Annual administration report of the Civil Veterinary Department of India - 1895-1896
Year: 1895
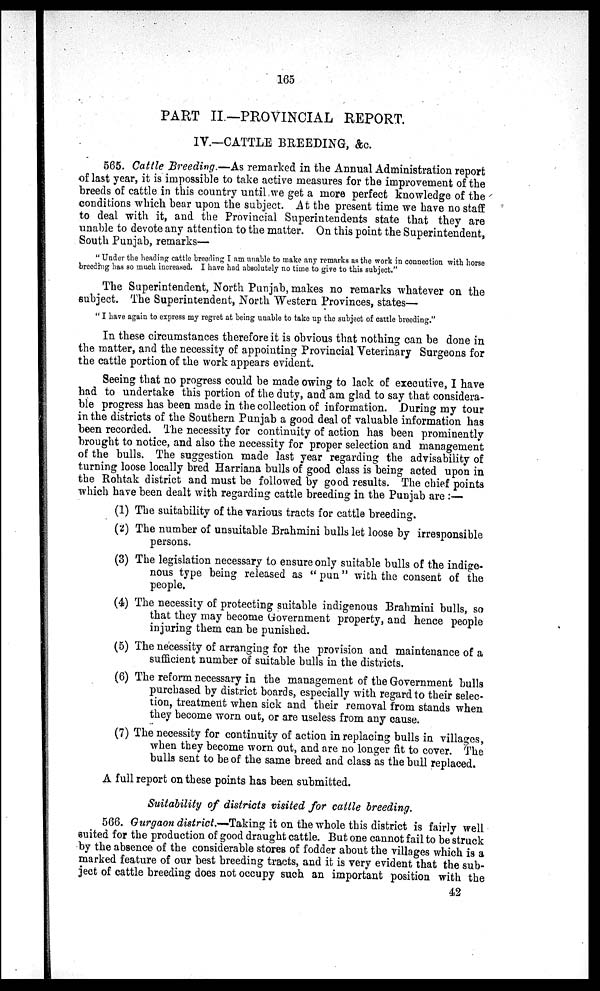
165
PART II.—PROVINCIAL REPORT.
IV—CATTLE BREEDING, &c.
565. Cattle Breeding.—As remarked in the Annual Administration report
of last year, it is impossible to take active measures for the improvement of the
breeds of cattle in this country until we get a more perfect knowledge of the
conditions which bear upon the subject. At the present time we have no staff
to deal with it, and the Provincial Superintendents state that they are
unable to devote any attention to the matter. On this point the Superintendent,
South Punjab, remarks—
"Under the heading cattle breeding I am unable to make any remarks as the work in connection with horse
breeding has so much increased. I have had absolutely no time to give to this subject."
The Superintendent, North Punjab, makes no remarks whatever on the
subject. The Superintendent, North Western Provinces, states—
" I have again to express my regret at being unable to take up the subject of cattle breeding."
In these circumstances therefore it is obvious that nothing can be done in
the matter, and the necessity of appointing Provincial Veterinary Surgeons for
the cattle portion of the work appears evident.
Seeing that no progress could be made owing to lack of executive, I have
had to undertake this portion of the duty, and am glad to say that considera-
ble progress has been made in the collection of information. During my tour
in the districts of the Southern Punjab a good deal of valuable information has
been recorded. The necessity for continuity of action has been prominently
brought to notice, and also the necessity for proper selection and management
of the bulls. The suggestion made last year regarding the advisability of
turning loose locally bred Harriana bulls of good class is being acted upon in
the Rohtak district and must be followed by good results. The chief points
which have been dealt with regarding cattle breeding in the Punjab are:—
(1) The suitability of the various tracts for cattle breeding.
(2) The number of unsuitable Brahmini bulls let loose by irresponsible
persons.
(3) The legislation necessary to ensure only suitable bulls of the indige-
nous type being released as "pun" with the consent of the
people.
(4) The necessity of protecting suitable indigenous Brahmini bulls, so
that they may become Government property, and hence people
injuring them can be punished.
(5) The necessity of arranging for the provision and maintenance of a
sufficient number of suitable bulls in the districts.
(6) The reform necessary in the management of the Government bulls
purchased by district boards, especially with regard to their selec-
tion, treatment when sick and their removal from stands when
they become worn out, or are useless from any cause.
(7) The necessity for continuity of action in replacing bulls in villages,
when they become worn out, and are no longer fit to cover. The
bulls sent to be of the same breed and class as the bull replaced.
A full report on these points has been submitted.
Suitability of districts visited for cattle breeding.
566. Gurgaon district.—Taking it on the whole this district is fairly well
suited for the production of good draught cattle. But one cannot fail to be struck
by the absence of the considerable stores of fodder about the villages which is a
marked feature of our best breeding tracts, and it is very evident that the sub-
ject of cattle breeding does not occupy such an important position with the
42